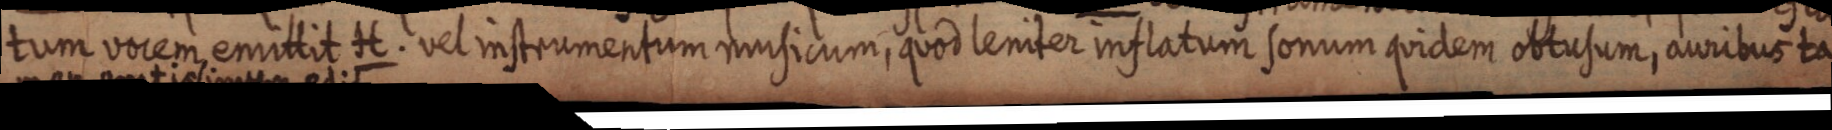
tum vocem emittit H. vel instrumentum musicum, quod leniter inflatum sonum quidem obtusum, auribus ta